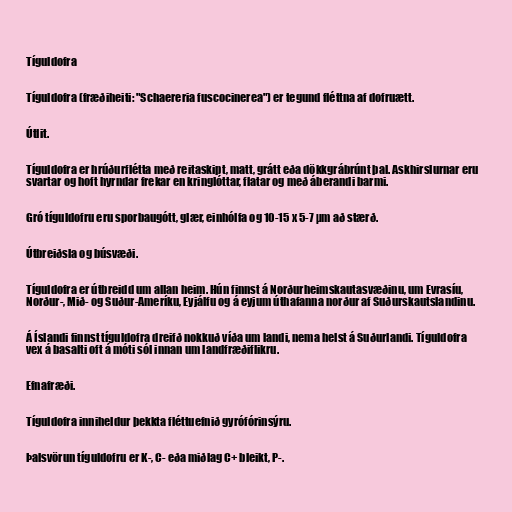
Tíguldofra

Tíguldofra (fræðiheiti: "Schaereria fuscocinerea") er tegund fléttna af dofruætt.

Útlit.

Tíguldofra er hrúðurflétta með reitaskipt, matt, grátt eða dökkgrábrúnt þal. Askhirslurnar eru
svartar og hoft hyrndar frekar en kringlóttar, flatar og með áberandi barmi.

Gró tíguldofru eru sporbaugótt, glær, einhólfa og 10-15 x 5-7 µm að stærð.

Útbreiðsla og búsvæði.

Tíguldofra er útbreidd um allan heim. Hún finnst á Norðurheimskautasvæðinu, um Evrasíu,
Norður-, Mið- og Suður-Ameríku, Eyjálfu og á eyjum úthafanna norður af Suðurskautslandinu.

Á Íslandi finnst tíguldofra dreifð nokkuð víða um landi, nema helst á Suðurlandi. Tíguldofra
vex á basalti oft á móti sól innan um landfræðiflikru.

Efnafræði.

Tíguldofra inniheldur þekkta fléttuefnið gyrófórinsýru.

Þalsvörun tíguldofru er K-, C- eða miðlag C+ bleikt, P-.